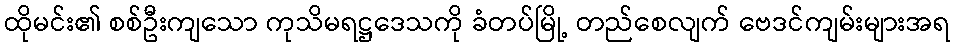
ထိုမင်း၏ စစ်ဦးကျသော ကုသိမရဋ္ဌဒေသကို ခံတပ်မြို့ တည်စေလျက် ဗေဒင်ကျမ်းများအရ